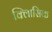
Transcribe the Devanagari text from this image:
क्लािसिक